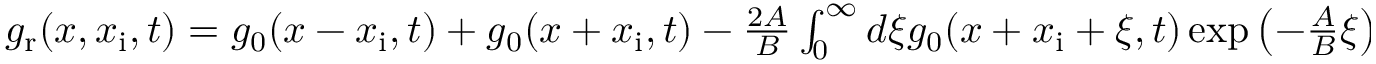
\begin{array} { r } { g _ { \mathrm { r } } ( x , x _ { \mathrm { i } } , t ) = g _ { 0 } ( x - x _ { \mathrm { i } } , t ) + g _ { 0 } ( x + x _ { \mathrm { i } } , t ) - \frac { 2 A } { B } \int _ { 0 } ^ { \infty } d \xi g _ { 0 } ( x + x _ { \mathrm { i } } + \xi , t ) \exp \left( - \frac { A } { B } \xi \right) . } \end{array}